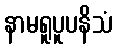
နာမရူပူပနိသံ